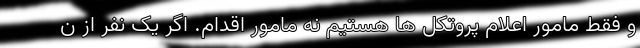
و فقط مامور اعلام پروتکل ها هستیم نه مامور اقدام. اگر یک نفر از ن